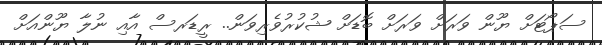
ސަޕޯޓަށް ޔޫން ވަރަށް ވަރަށް ބޮޑަށް ޝުކުރުވެރިވަން.. ރީޑަރސް އާއި ނުލާ ޔޫންއަށް